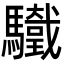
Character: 𩧀